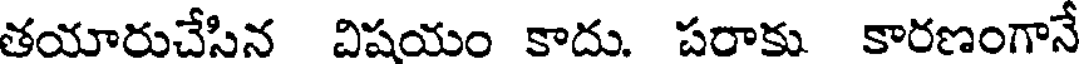
తయారుచేసిన విషయం కాదు. పరాకు కారణంగానే